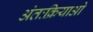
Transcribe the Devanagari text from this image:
अंतःक्रियाओ